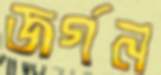
জর্গন